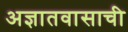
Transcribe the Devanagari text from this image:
अज्ञातवासाची